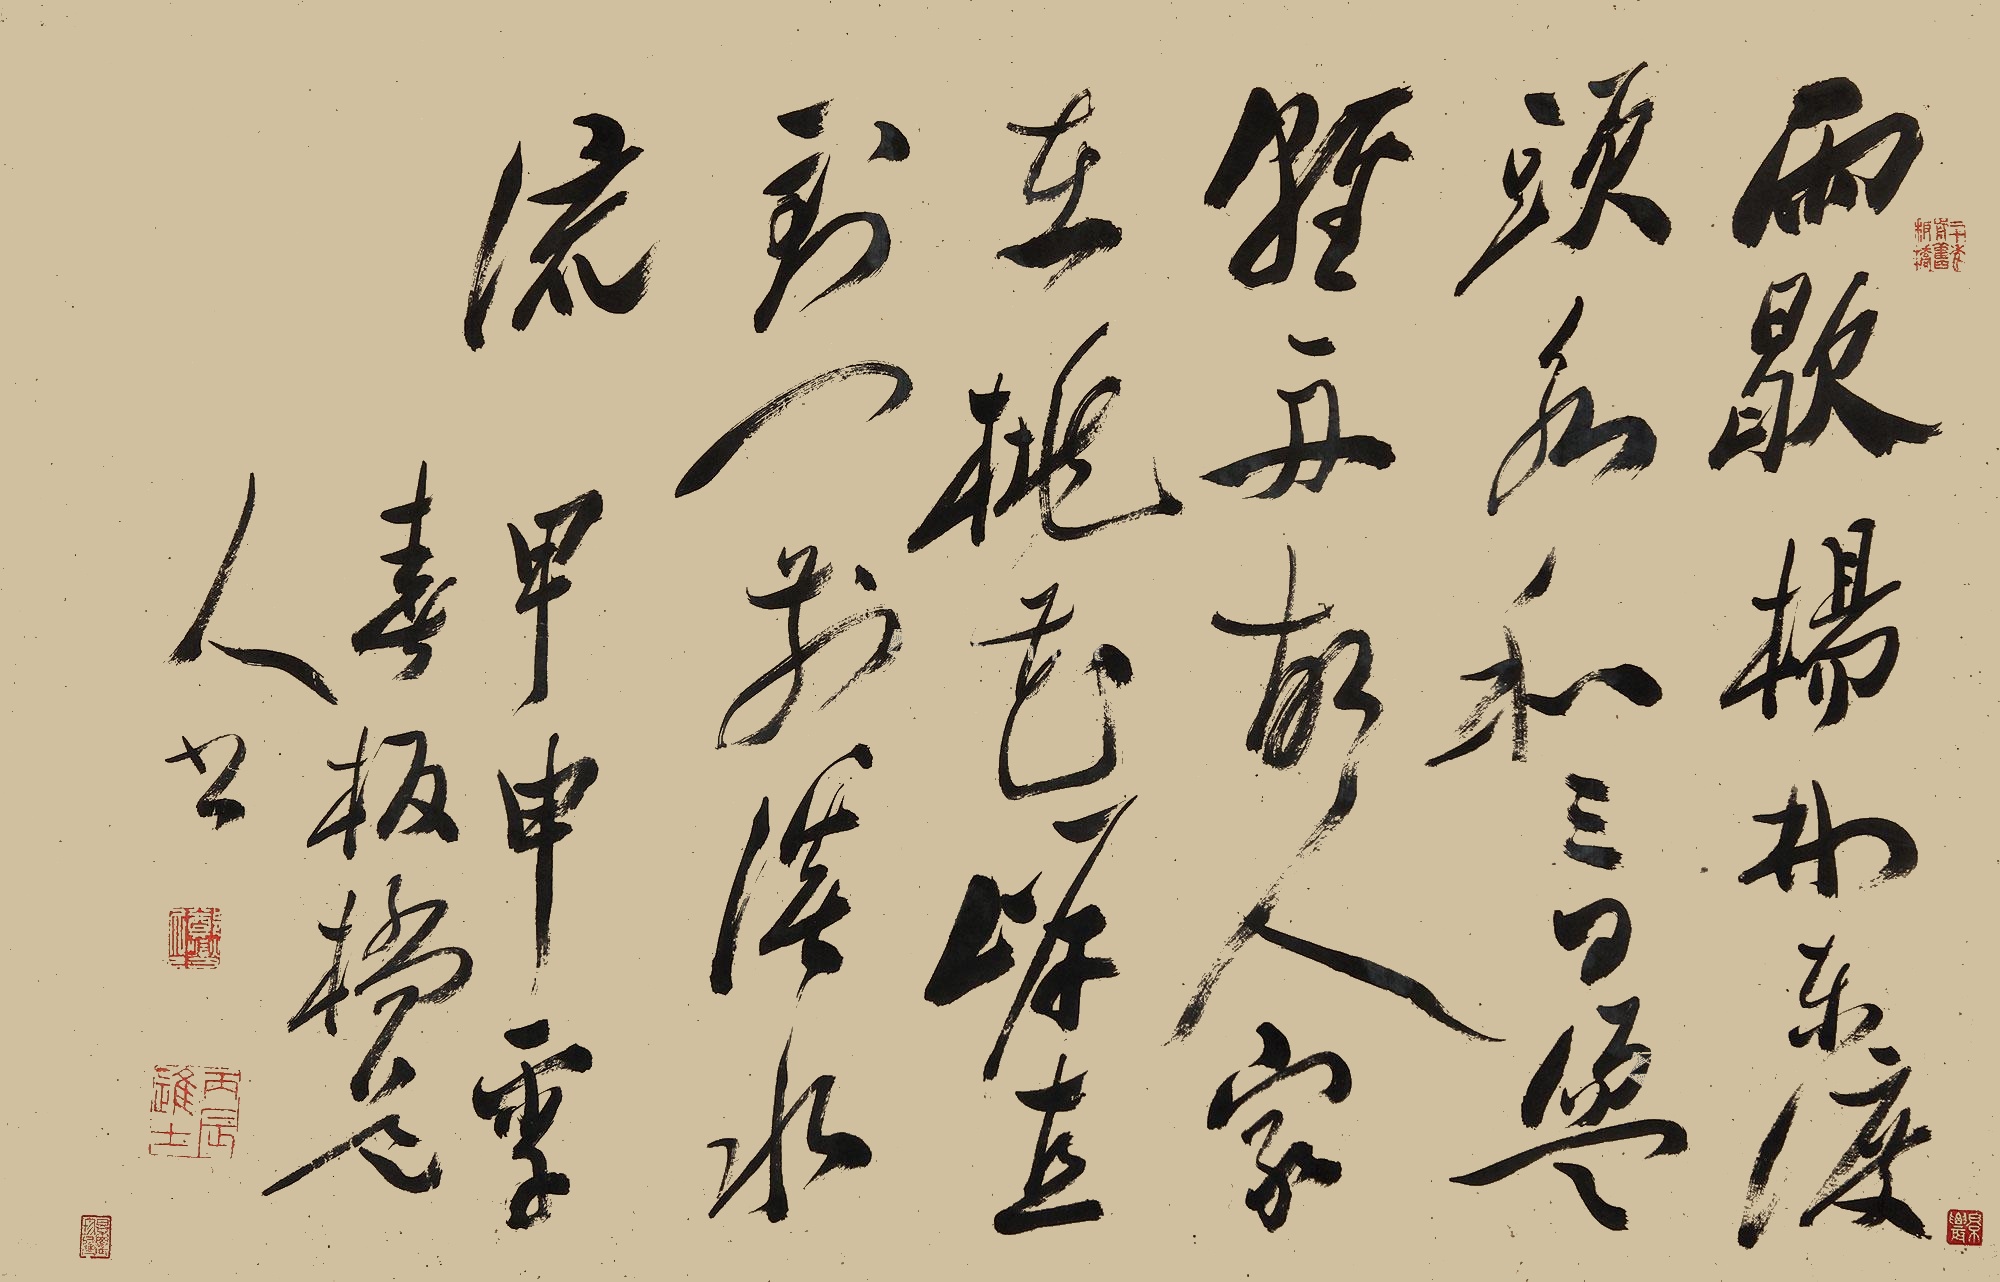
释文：雨歇杨林东渡头，永和三日荡轻舟。故人家在桃花岸，直到门前溪水流。甲申（1764年）季春，板桥道人书。